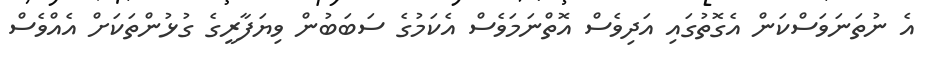
އެ ނުތަނަވަސްކަން އެގޮތުގައި އަދިވެސް އޮތްނަމަވެސް އެކަމުގެ ސަބަބުން ވިޔަފާރީގެ ގުޅުންތަކަށް އެއްވެސް